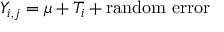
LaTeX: Y _ { i , j } = \mu + T _ { i } + \mathrm { r a n d o m \ e r r o r }